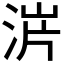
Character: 𣵙